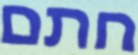
חתם